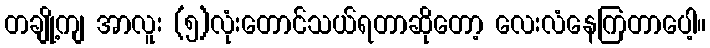
တချို့ကျ အာလူး (၅)လုံးတောင်သယ်ရတာဆိုတော့ လေးလံနေကြတာပေါ့။